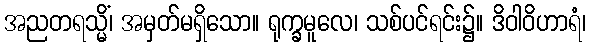
အညတရသ္မိံ၊ အမှတ်မရှိသော။ ရုက္ခမူလေ၊ သစ်ပင်ရင်း၌။ ဒိဝါဝိဟာရံ၊